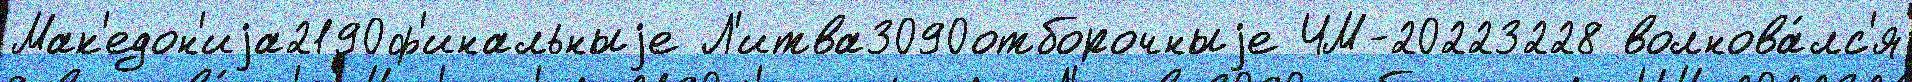
Мак'едон'иjа2190ф'инальныjе Л'итва3090отборочныjе ЧМ-20223228 волнова́лс'я